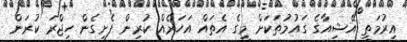
އިރުމަތީ އޭޝިއާގެ ގައުމުތަކަށް މީގެ އެތައް އަހަރެއް ކުރިން ފެށިގެން ހިޖްރަ ކުރަން